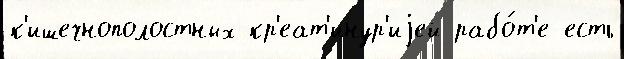
к'ишечнополостных кр'еат'инур'иjей рабо́т'е есть